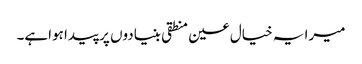
میرا یہ خیال عین منطقی بنیادوں پر پیدا ہواہے۔